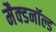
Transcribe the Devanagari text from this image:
मैक्डनॉल्ड